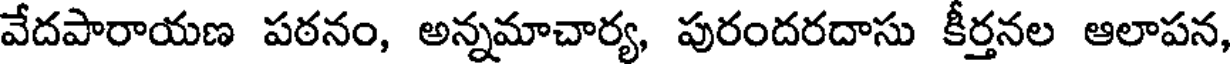
వేదపారాయణ పఠనం, అన్నమాచార్య, పురందరదాసు కీర్తనల ఆలాపన,